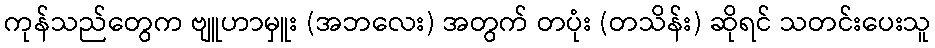
ကုန်သည်တွေက ဗျူဟာမှူး (အဘလေး) အတွက် တပုံး (တသိန်း) ဆိုရင် သတင်းပေးသူ